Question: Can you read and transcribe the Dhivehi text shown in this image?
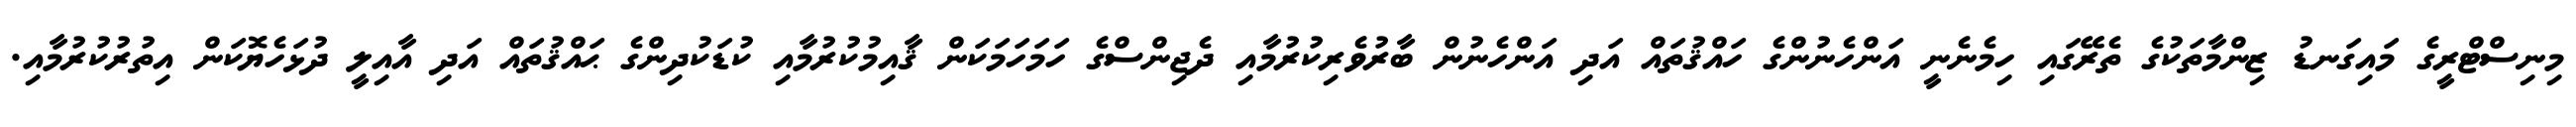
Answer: މިނިސްޓްރީގެ މައިގަނޑު ޒިންމާތަކުގެ ތެރޭގައި ހިމެނެނީ އަންހެނުންގެ ހައްޤުތައް އަދި އަންހެނުން ބާރުވެރިކުރުމާއި ދެޖިންސްގެ ހަމަހަމަކަން ޤާއިމުކުރުމާއި ކުޑަކުދިންގެ ޙައްޤުތައް އަދި އާއިލީ ދުޅަހެޔޮކަން އިތުރުކުރުމާއި.